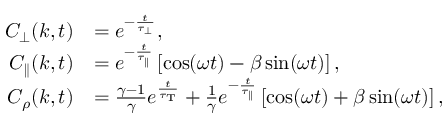
\begin{array} { r l } { C _ { \perp } ( k , t ) } & { = e ^ { - \frac { t } { \tau _ { \perp } } } , } \\ { C _ { \parallel } ( k , t ) } & { = e ^ { - \frac { t } { \tau _ { \parallel } } } \left[ \cos ( \omega t ) - \beta \sin ( \omega t ) \right] , } \\ { C _ { \rho } ( k , t ) } & { = \frac { \gamma - 1 } { \gamma } e ^ { \frac { t } { \tau _ { \mathrm { T } } } } + \frac { 1 } { \gamma } e ^ { - \frac { t } { \tau _ { \parallel } } } \left[ \cos ( \omega t ) + \beta \sin ( \omega t ) \right] , } \end{array}